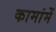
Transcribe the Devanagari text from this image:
कामांमें